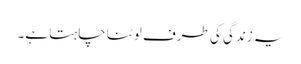
یہ زندگی کی طرف لوٹنا چاہتا ہے۔